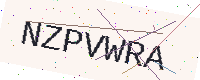
Text: NZPVWRA